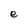
Character: e